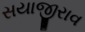
સયાજીરાવ